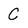
Character: C